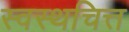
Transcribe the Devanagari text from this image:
स्वस्थचित्त